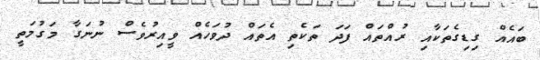
ބައެއް ގިޑިގެތަކާއި ރުއްތައް ފަދަ ތަކެތި އެތައް ދުވަހެއް ވީއިރުވެސް ނުނަގާ މަގުމަތީ